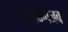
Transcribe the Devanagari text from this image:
अजबगजब